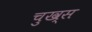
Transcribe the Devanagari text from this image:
चुख्स